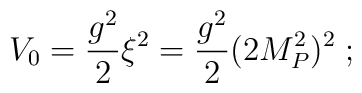
V_0 = \frac{g^2}2 \xi^2 = \frac{g^2}2 (2 M_P^2)^2 \;;